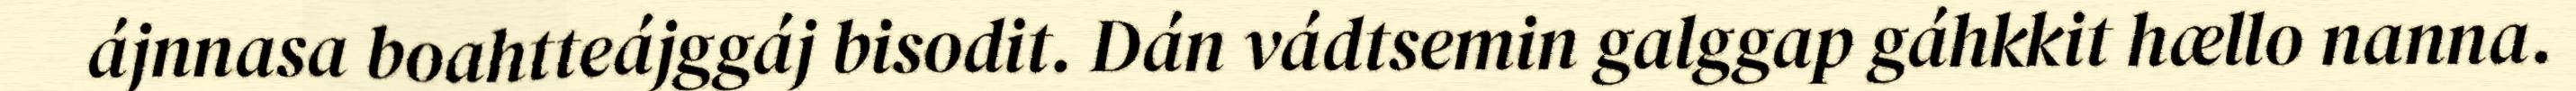
ájnnasa boahtteájggáj bisodit. Dán vádtsemin galggap gáhkkit hællo nanna.